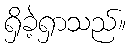
ရှိခဲ့ရှာသည်။